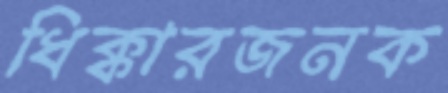
ধিক্কারজনক